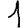
Digit: 1